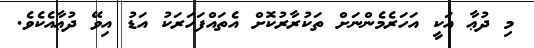
މި ދުޢާ އަކީ އަހަރެމެންނަށް ތަކުރާރުކޮށް އެތައްފަހަރަކު އަޑު އިވޭ ދުޢާއެކެވެ.